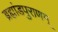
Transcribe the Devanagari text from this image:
ब्रह्मांडपुराणम्